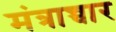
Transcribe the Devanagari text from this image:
मंत्राच्चार